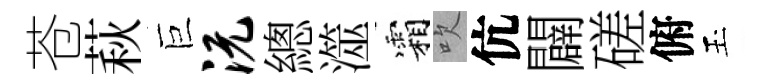
苍萩巨沅總澨霜吹伉闢磋俯玉